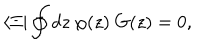
\langle \Xi | \oint d z \ \varphi ( z ) \ G ( z ) = 0 ,